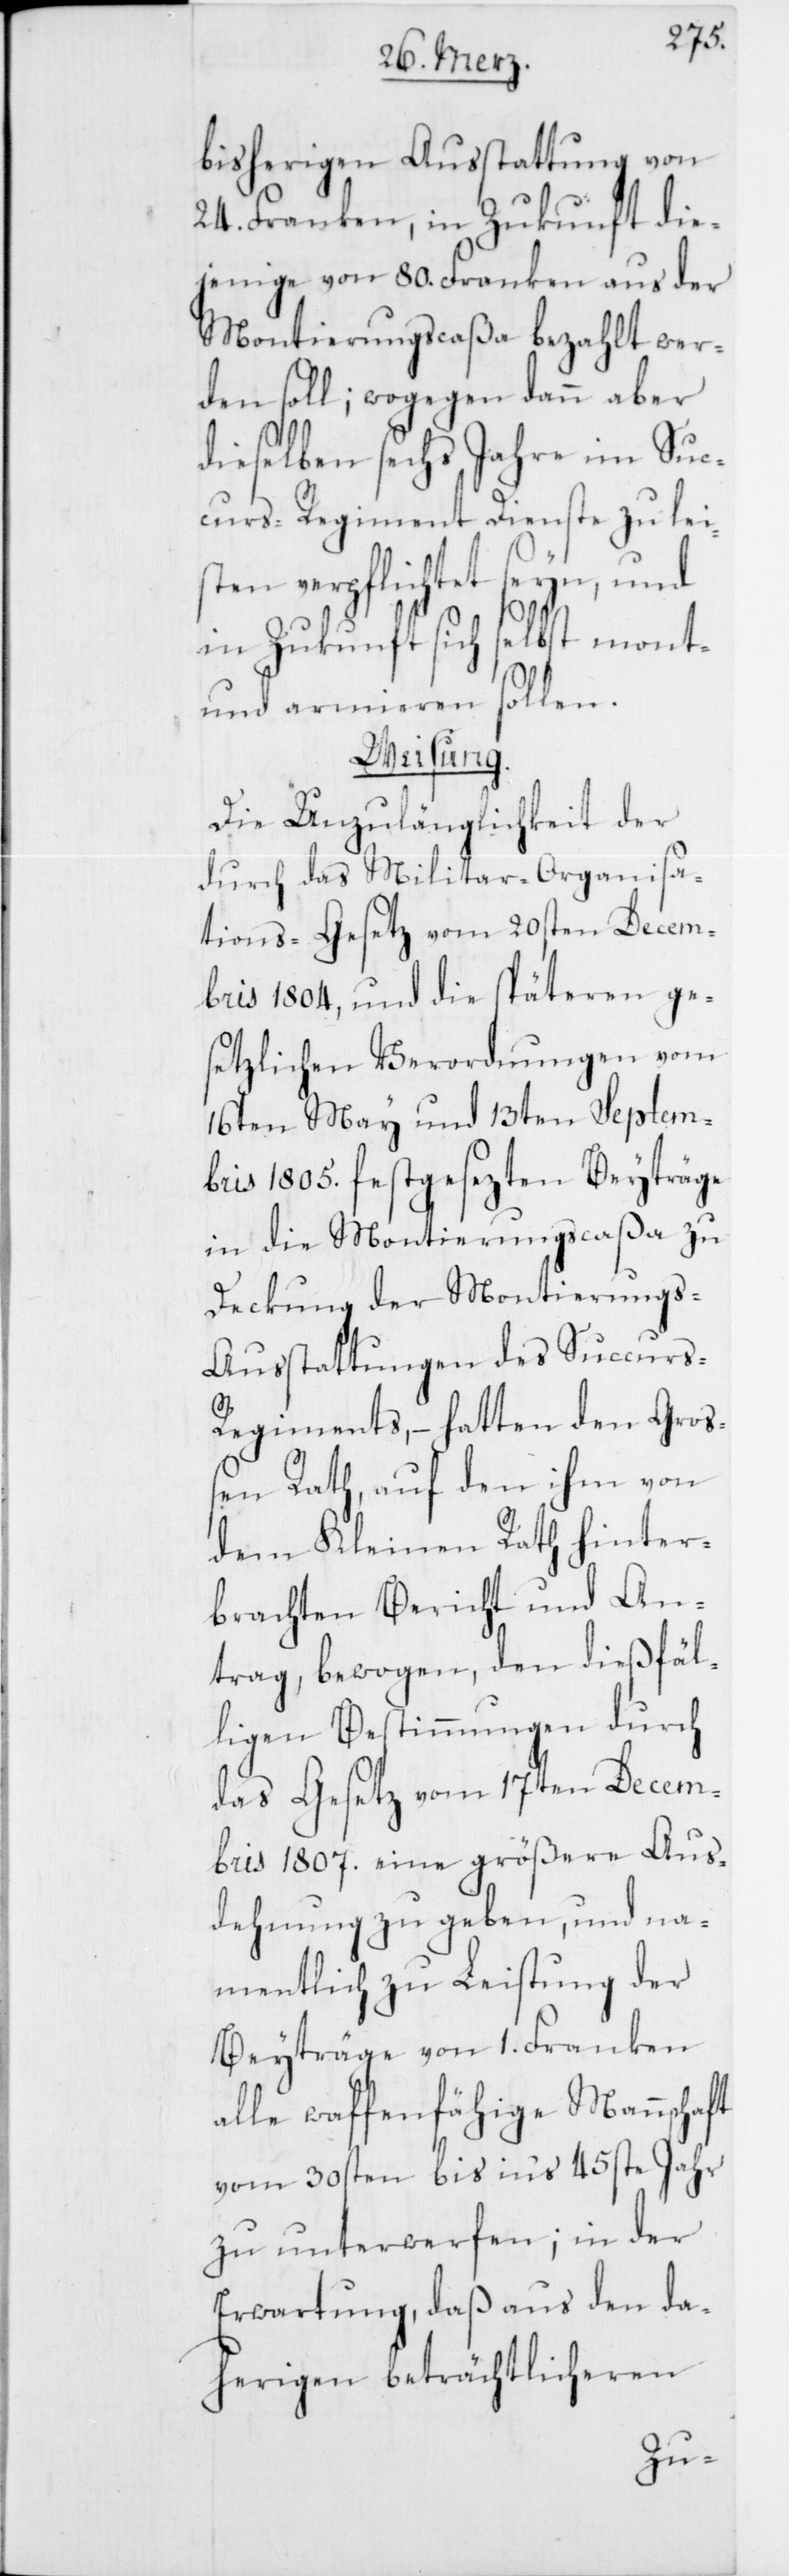
bisherigen Ausstattung von
24. Franken, in Zukunft die¬
jenige von 80. Franken aus der
Montierungscaßa bezahlt wer¬
den soll; wogegen dann aber
dieselben sechs Jahre im Suc¬
curs-Regiment Dienste zu lei¬
sten verpflichtet seyn, und
in Zukunft sich selbst mont-
und armieren sollen.
Weisung.
Die Unzulänglichkeit der
durch das Militar-Organisa¬
tions-Gesetz vom 20sten Decem¬
bris 1804, und die späteren ge¬
setzlichen Verordnungen vom
16ten May und 13ten Septem¬
bris 1805. festgesezten Beyträge
in die Montierungscaßa zu
Deckung der Montierungs-A¬
usstattungen des Succurs-R¬
egiments, – hatten den Groß¬
en Rath, auf den ihm von
dem Kleinen Rath hinter¬
brachten Bericht und An¬
trag, bewogen, den dießfäl¬
ligen Bestimmungen durch
das Gesetz vom 17ten Decem¬
ber 1807. eine größere Aus¬
dehnung zu geben, und na¬
mentlich zu Leistung der
Beyträge von 1. Franken
alle waffenfähige Mannschaft
vom 30sten bis ins 45ste Jahr
zu unterwerfen; in der
Erwartung, daß aus den da¬
herigen beträchtlicheren